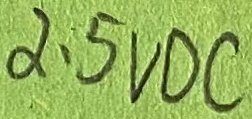
Text: 2.5VDC